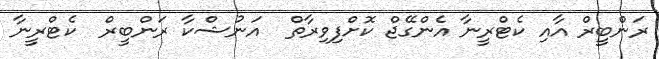
ރަންބީރް އާއި ކެޓްރީނާ އެންގޭޖް ކޮށްފިވިރާތް  އަނުޝްކާ ރަންބީރް  ކެޓްރީނާ